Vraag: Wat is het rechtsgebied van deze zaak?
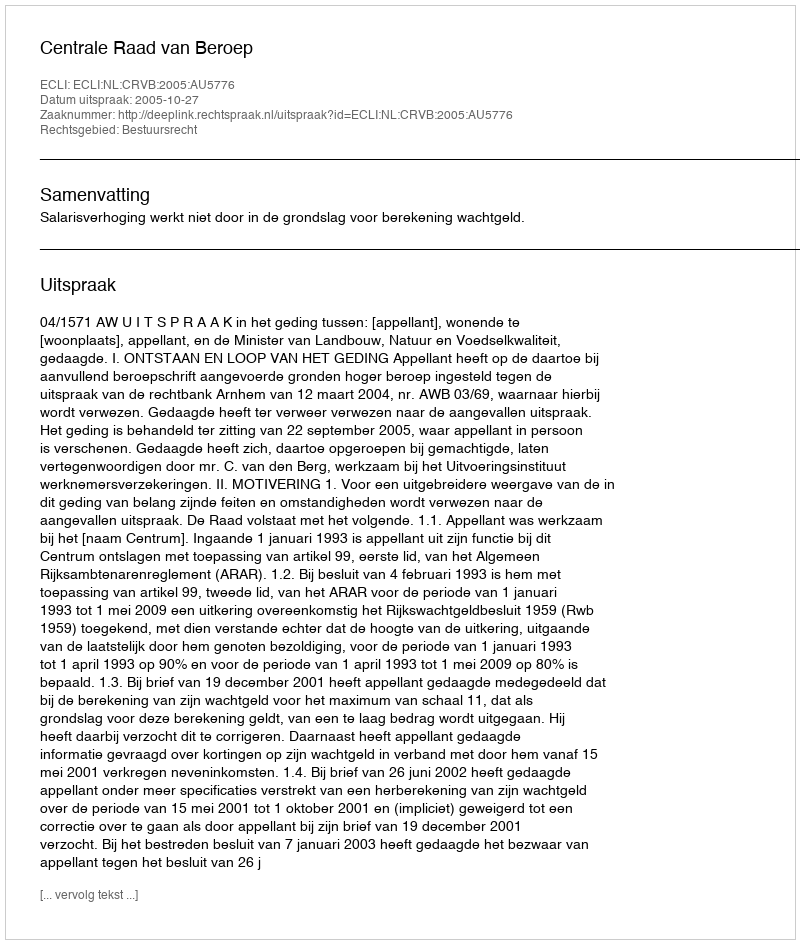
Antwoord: Bestuursrecht